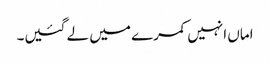
اماں انہیں کمرے میں لے گئیں۔